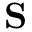
\mathbf { S }